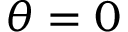
\theta = 0